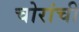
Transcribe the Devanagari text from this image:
चोरांची